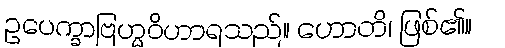
ဥပေက္ခာဗြဟ္မဝိဟာရသည်။ ဟောတိ၊ ဖြစ်၏။